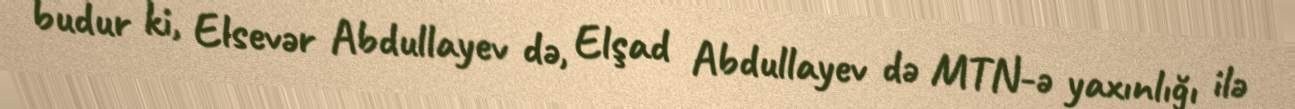
budur ki, Elsevər Abdullayev də, Elşad Abdullayev də MTN-ə yaxınlığı ilə